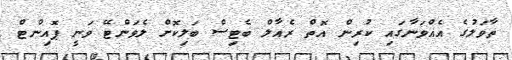
ތާވަލުގެ އެއްވަނާގައި ކުރިން އޮތް ރެއާލް ބެޓިސް ބަލިކޮށް ލެވަންޓޭ ވަނީ ޕޮއިންޓް